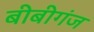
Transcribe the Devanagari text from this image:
बीबीगंज